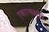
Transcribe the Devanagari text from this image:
एकात्मकतेचे